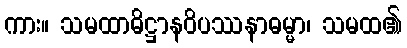
ကား။ သမထာဓိဋ္ဌာနဝိပဿနာဓမ္မာ၊ သမထ၏